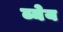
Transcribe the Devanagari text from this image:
ब्येय